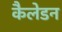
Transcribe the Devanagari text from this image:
कैलेडन